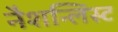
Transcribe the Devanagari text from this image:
नैशन्लिस्ट